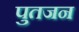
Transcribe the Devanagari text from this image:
पुतजन